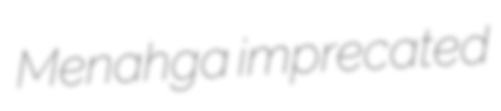
Menahga imprecated